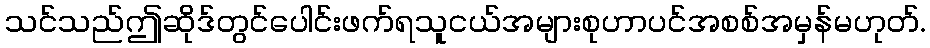
သင်သည်ဤဆိုဒ်တွင်ပေါင်းဖက်ရသူငယ်အများစုဟာပင်အစစ်အမှန်မဟုတ်.